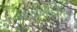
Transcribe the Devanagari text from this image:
तर्कदोषांकरिता